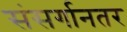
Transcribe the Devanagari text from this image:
संसर्गानतर